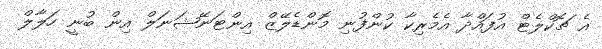
އެ ޗޮކްލެޓް އުފައްދާ އެމެރިކާ ކުންފުނި މޮންޑެލޭޒް އިންޓަނޭޝަނަލް އިން ބުނީ ހަލާލް